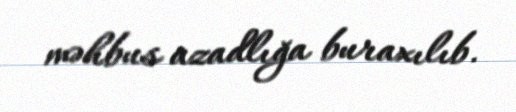
məhbus azadlığa buraxılıb.